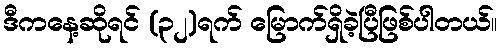
ဒီကနေ့ဆိုရင် (၃၂)ရက် မြောက်ရှိခဲ့ပြီဖြစ်ပါတယ်။